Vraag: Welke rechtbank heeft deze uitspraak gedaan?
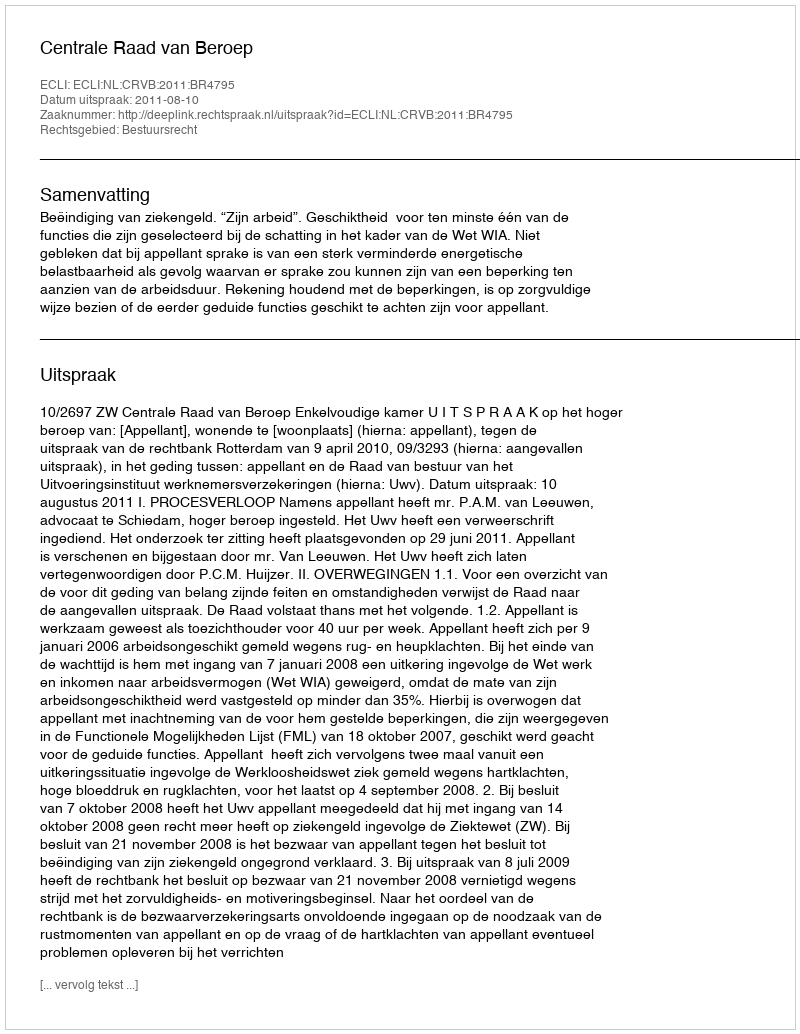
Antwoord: Centrale Raad van Beroep